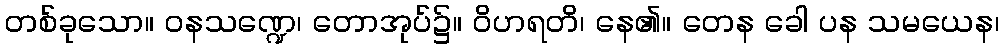
တစ်ခုသော။ ဝနသဏ္ဍေ၊ တောအုပ်၌။ ဝိဟရတိ၊ နေ၏။ တေန ခေါ ပန သမယေန၊